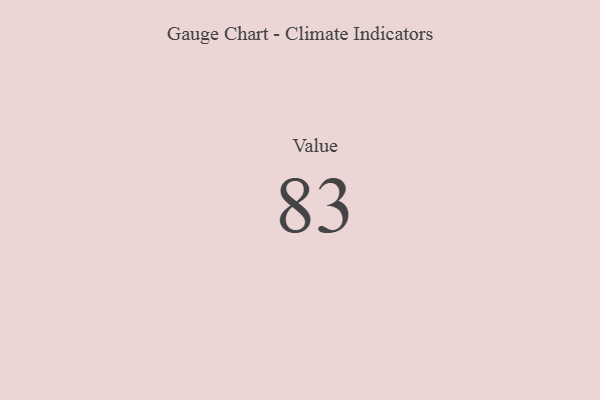
{"axis": {"x": "Metric", "y": "Value"}, "legend": [""], "data": [{"x": "Value", "y": 83, "type": ""}]}